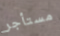
مستأجر